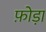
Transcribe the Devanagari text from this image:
फ़ोड़ा